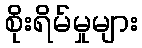
စိုးရိမ်မှုများ